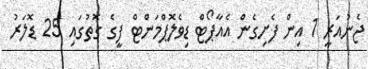
ޖެނުއަރީ 1 އިން ފެށިގެން އެއާޕޯޓް ޑިވެލޮޕްމަންޓް ފީގެ ގޮތުގައި 25 ޑޮލަރު